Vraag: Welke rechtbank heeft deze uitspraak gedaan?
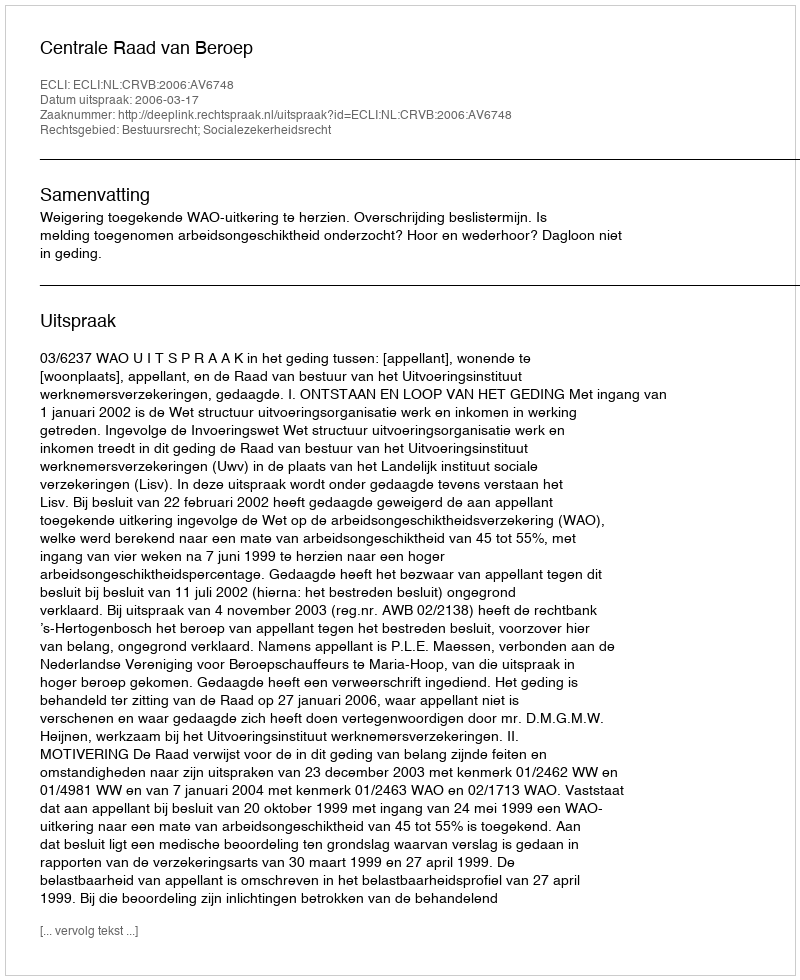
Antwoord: Centrale Raad van Beroep